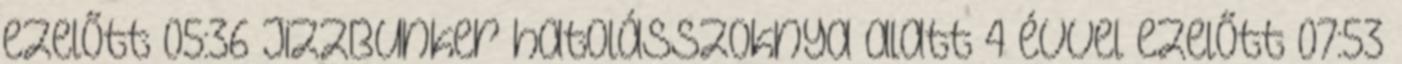
ezelőtt 05:36 JizzBunker hatolásszoknya alatt 4 évvel ezelőtt 07:53